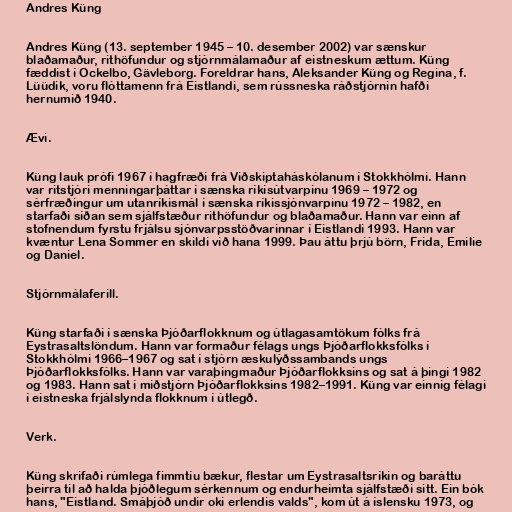
Andres Küng

Andres Küng (13. september 1945 – 10. desember 2002) var sænskur
blaðamaður, rithöfundur og stjórnmálamaður af eistneskum ættum. Küng
fæddist í Ockelbo, Gävleborg. Foreldrar hans, Aleksander Küng og Regina, f.
Lüüdik, voru flóttamenn frá Eistlandi, sem rússneska ráðstjórnin hafði
hernumið 1940.

Ævi.

Küng lauk prófi 1967 í hagfræði frá Viðskiptaháskólanum í Stokkhólmi. Hann
var ritstjóri menningarþáttar í sænska ríkisútvarpinu 1969 – 1972 og
sérfræðingur um utanríkismál í sænska ríkissjónvarpinu 1972 – 1982, en
starfaði síðan sem sjálfstæður rithöfundur og blaðamaður. Hann var einn af
stofnendum fyrstu frjálsu sjónvarpsstöðvarinnar í Eistlandi 1993. Hann var
kvæntur Lena Sommer en skildi við hana 1999. Þau áttu þrjú börn, Frida, Emilie
og Daniel.

Stjórnmálaferill.

Küng starfaði í sænska Þjóðarflokknum og útlagasamtökum fólks frá
Eystrasaltslöndum. Hann var formaður félags ungs Þjóðarflokksfólks í
Stokkhólmi 1966–1967 og sat í stjórn æskulýðssambands ungs
Þjóðarflokksfólks. Hann var varaþingmaður Þjóðarflokksins og sat á þingi 1982
og 1983. Hann sat í miðstjórn Þjóðarflokksins 1982–1991. Küng var einnig félagi
í eistneska frjálslynda flokknum í útlegð.

Verk.

Küng skrifaði rúmlega fimmtíu bækur, flestar um Eystrasaltsríkin og baráttu
þeirra til að halda þjóðlegum sérkennum og endurheimta sjálfstæði sitt. Ein bók
hans, "Eistland. Smáþjóð undir oki erlendis valds", kom út á íslensku 1973, og